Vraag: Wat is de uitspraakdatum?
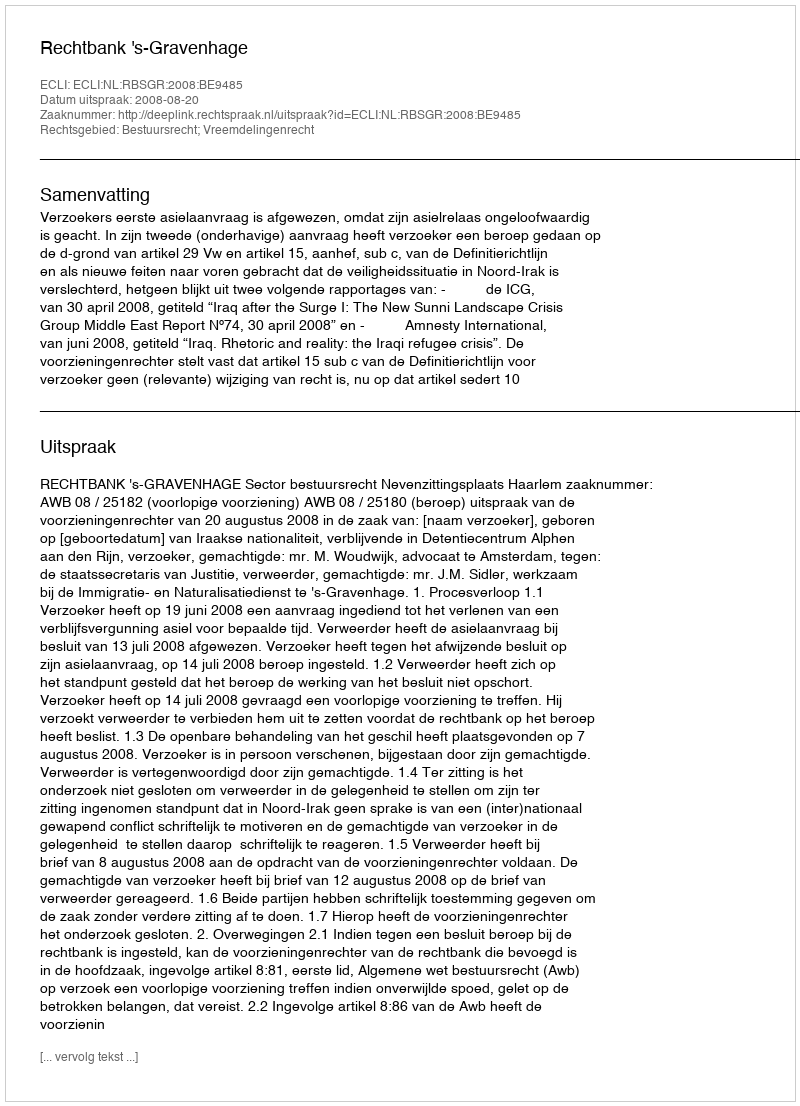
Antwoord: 2008-08-20